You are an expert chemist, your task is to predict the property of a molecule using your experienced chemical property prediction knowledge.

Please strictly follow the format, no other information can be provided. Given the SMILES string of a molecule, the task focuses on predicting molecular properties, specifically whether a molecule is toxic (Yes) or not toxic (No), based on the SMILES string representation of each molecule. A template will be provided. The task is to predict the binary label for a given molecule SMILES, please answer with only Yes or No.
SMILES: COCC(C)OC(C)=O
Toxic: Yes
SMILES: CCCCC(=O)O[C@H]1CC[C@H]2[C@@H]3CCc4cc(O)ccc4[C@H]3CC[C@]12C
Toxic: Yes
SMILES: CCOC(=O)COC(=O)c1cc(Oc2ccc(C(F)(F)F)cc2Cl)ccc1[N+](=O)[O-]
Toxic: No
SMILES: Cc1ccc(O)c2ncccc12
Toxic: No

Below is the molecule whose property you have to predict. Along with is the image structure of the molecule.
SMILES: Cc1cc(C)c(O)c(C)c1
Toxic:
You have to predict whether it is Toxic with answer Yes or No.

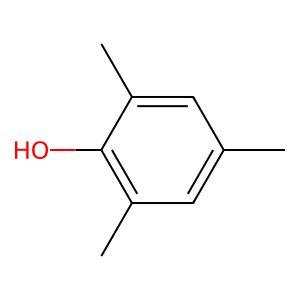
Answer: No